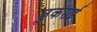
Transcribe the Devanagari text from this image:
ठुकराई